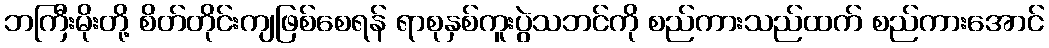
ဘကြီးမိုးတို့ စိတ်တိုင်းကျဖြစ်စေရန် ရာစုနှစ်ကူးပွဲသဘင်ကို စည်ကားသည်ထက် စည်ကားအောင်